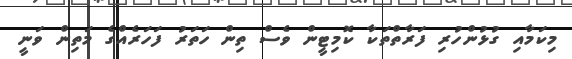
މިކަމާއި ގުޅުންހުރި ފަރާތްތަކާ ކޮމިޓީން ވެސް ތިން ހަތަރު ފަހަރެއްގެ މަތިން ވަނީ